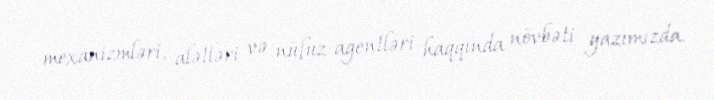
mexanizmləri, alətləri və nüfuz agentləri haqqında növbəti yazımızda.